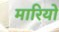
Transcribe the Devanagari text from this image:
मारियों